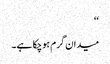
‘‘
میدان گرم ہوچکا ہے۔